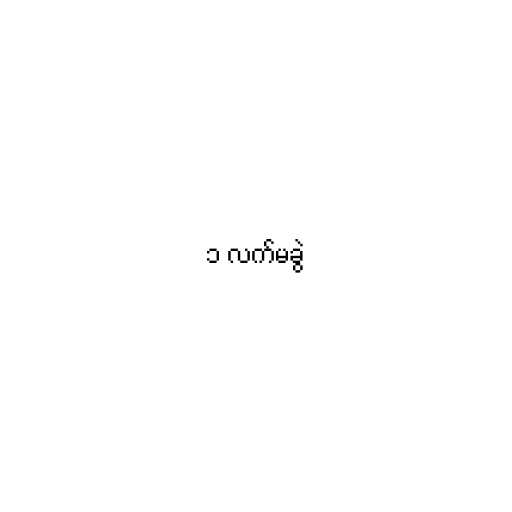
၁ လက်မခွဲ